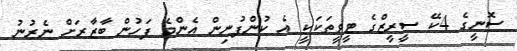
ސޮނީގެ 4ކޭ ސީރީޒްގެ ޓީވީތަކަކީ އެ ކުންފުނިން އެންމެ ފަހުން ބާޒާރަށް ނެރުނު